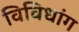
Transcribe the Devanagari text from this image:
विविधांग